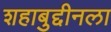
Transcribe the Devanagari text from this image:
शहाबुद्दीनला